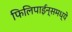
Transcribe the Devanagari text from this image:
फिलिपाईन्समध्ये